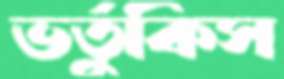
ভর্তুকিস